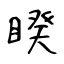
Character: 睽